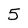
Character: 5